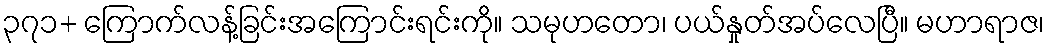
၃၇၁+ ကြောက်လန့်ခြင်းအကြောင်းရင်းကို။ သမုဟတော၊ ပယ်နှုတ်အပ်လေပြီ။ မဟာရာဇ၊